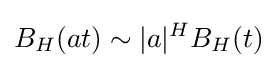
B_{H}(at)\sim |a|^{H}B_{H}(t)